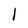
Character: l